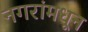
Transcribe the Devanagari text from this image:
नगरांमधून